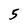
Character: 5